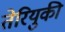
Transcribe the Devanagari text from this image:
तेरियुकी